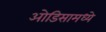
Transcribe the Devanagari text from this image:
ओडिसामध्ये